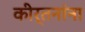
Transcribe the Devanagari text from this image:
कीर्तनांना